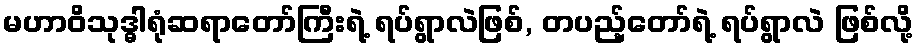
မဟာဝိသုဒ္ဓါရုံဆရာတော်ကြီးရဲ့ ရပ်ရွာလဲဖြစ်, တပည့်တော်ရဲ့ ရပ်ရွာလဲ ဖြစ်လို့